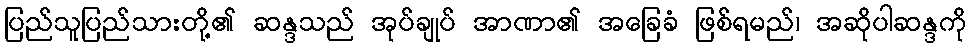
ပြည်သူပြည်သားတို့၏ ဆန္ဒသည် အုပ်ချုပ် အာဏာ၏ အခြေခံ ဖြစ်ရမည်၊ အဆိုပါဆန္ဒကို